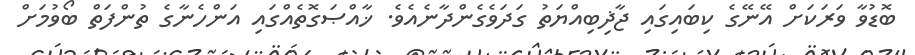
ބޮޑުވާ ވަރަކަށް އޭނޭގެ ކިބައިގައި ޖާޛިބިއްޔަތު ގަދަވެގެންދާނެއެވެ. ޚާއްޞަގޮތެއްގައި އަންހެނާގެ ތުންފަތް ބޯވުމަށް